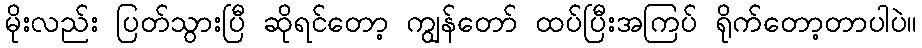
မိုးလည်း ပြတ်သွားပြီ ဆိုရင်တော့ ကျွန်တော် ထပ်ပြီးအကြပ် ရိုက်တော့တာပါပဲ။